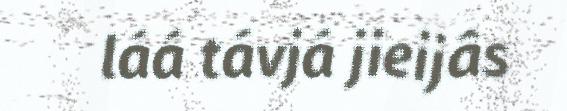
láá távjá jieijâs